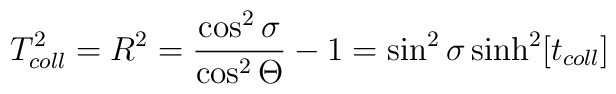
T_{coll}^2=R^2=\frac{\cos ^2\sigma }{\cos ^2\Theta }-1=\sin ^2\sigma \sinh^2 [t_{coll}]